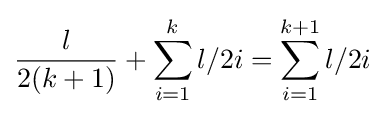
{\frac {l}{2(k+1)}}+\sum _{i=1}^{k}l/2i=\sum _{i=1}^{k+1}l/2i